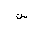
Letter: _sin